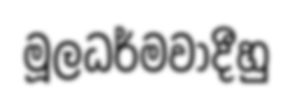
මූලධර්මවාදීහු